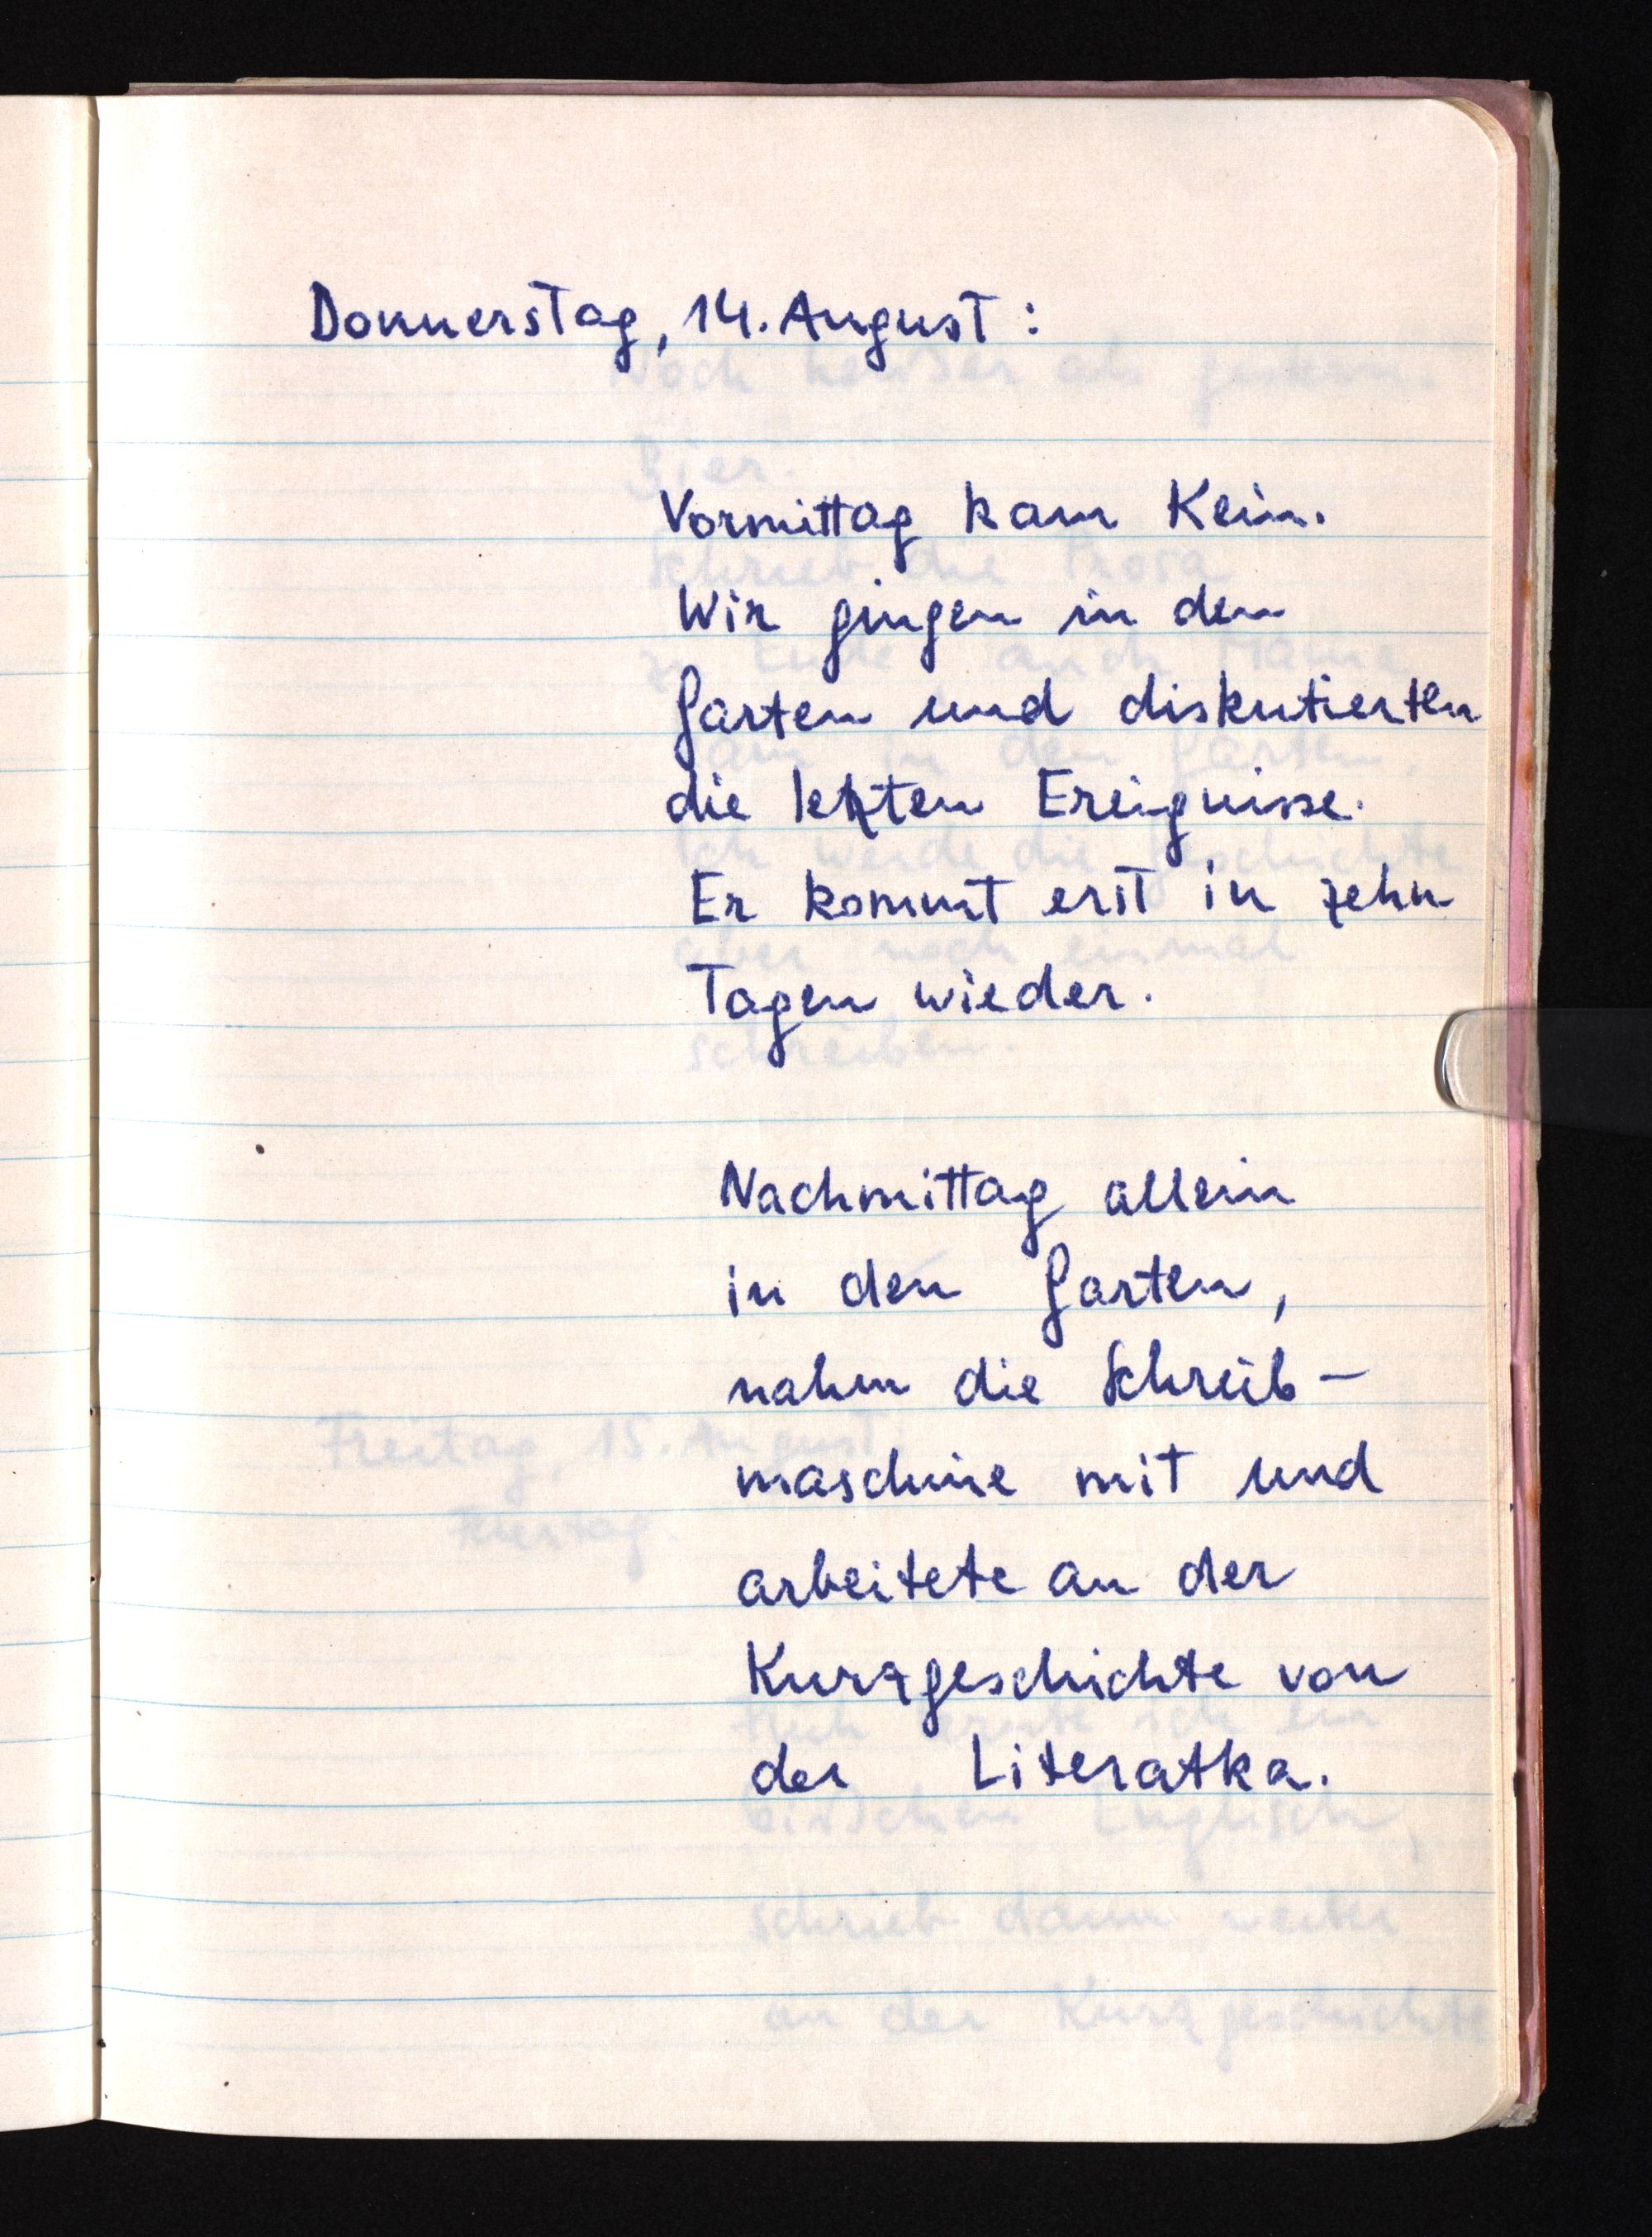
Donnerstag, 14. August:
Vormittag kam Kein.
Wir gingen in den
Garten und diskutierten
die letzten Ereignisse.
Er kommt erst in zehn
Tagen wieder.
Nachmittag allein
in den Garten,
nahm die Schreib¬
maschine mit und
arbeitete an der
Kurzgeschichte von
der Literatka.